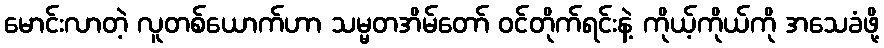
မောင်းလာတဲ့ လူတစ်ယောက်ဟာ သမ္မတအိမ်တော် ဝင်တိုက်ရင်းနဲ့ ကိုယ့်ကိုယ်ကို အသေခံဖို့